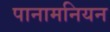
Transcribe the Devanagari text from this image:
पानामनियन